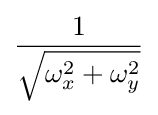
{\frac {1}{\sqrt {\omega _{x}^{2}+\omega _{y}^{2}}}}